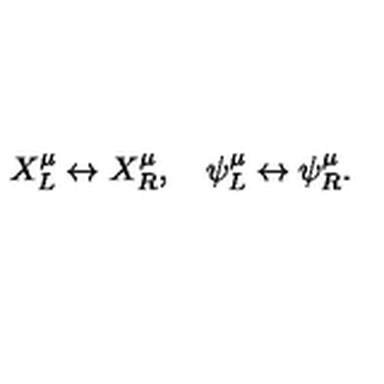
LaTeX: X _ { L } ^ { \mu } \leftrightarrow X _ { R } ^ { \mu } , \quad \psi _ { L } ^ { \mu } \leftrightarrow \psi _ { R } ^ { \mu } .